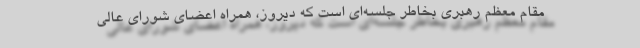
مقام معظم رهبری بخاطر جلسه‌ای است که دیروز، همراه اعضای شورای عالی